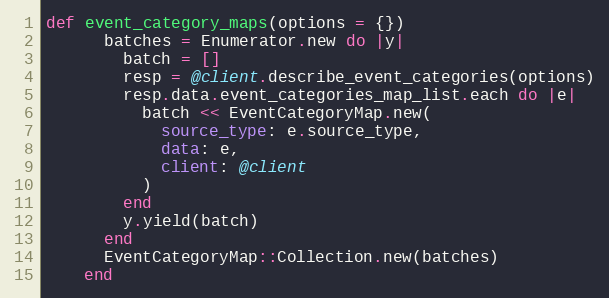
Language: Ruby
def event_category_maps(options = {})
      batches = Enumerator.new do |y|
        batch = []
        resp = @client.describe_event_categories(options)
        resp.data.event_categories_map_list.each do |e|
          batch << EventCategoryMap.new(
            source_type: e.source_type,
            data: e,
            client: @client
          )
        end
        y.yield(batch)
      end
      EventCategoryMap::Collection.new(batches)
    end